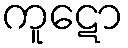
ကူဋော